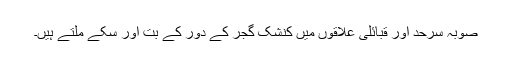
صوبہ سرحد اور قبائلی علاقوں میں کنشک گجر کے دور کے بُت اور سکے ملتے ہیں۔